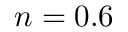
n = 0 . 6